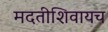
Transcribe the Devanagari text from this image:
मदतीशिवायच